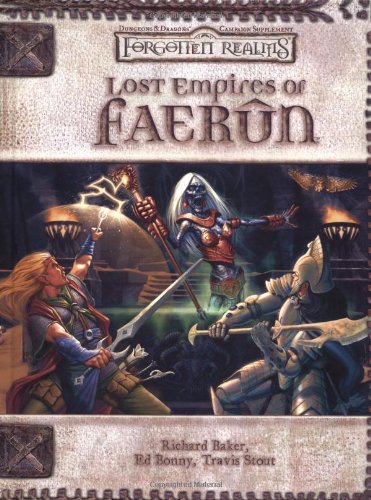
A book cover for Lost Empires of FaerÃ»n (Dungeons & Dragons d20 3.5 Fantasy Roleplaying, Forgotten Realms Supplement); Richard Baker; Science Fiction & Fantasy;